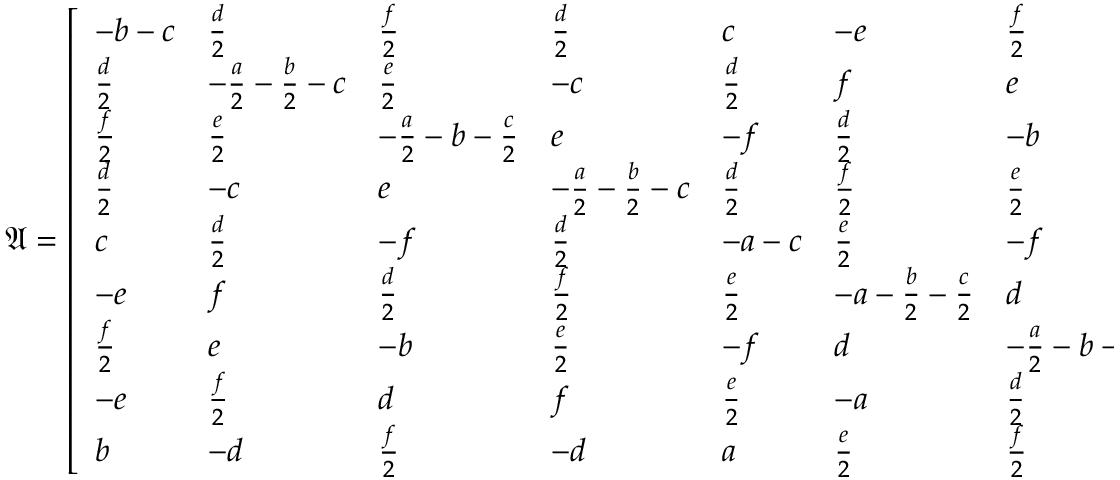
\mathfrak { A } = \left[ \begin{array} { l l l l l l l l l } { - b - c } & { \frac { d } { 2 } } & { \frac { f } { 2 } } & { \frac { d } { 2 } } & { c } & { - e } & { \frac { f } { 2 } } & { - e } & { b } \\ { \frac { d } { 2 } } & { - \frac { a } { 2 } - \frac { b } { 2 } - c } & { \frac { e } { 2 } } & { - c } & { \frac { d } { 2 } } & { f } & { e } & { \frac { f } { 2 } } & { - d } \\ { \frac { f } { 2 } } & { \frac { e } { 2 } } & { - \frac { a } { 2 } - b - \frac { c } { 2 } } & { e } & { - f } & { \frac { d } { 2 } } & { - b } & { d } & { \frac { f } { 2 } } \\ { \frac { d } { 2 } } & { - c } & { e } & { - \frac { a } { 2 } - \frac { b } { 2 } - c } & { \frac { d } { 2 } } & { \frac { f } { 2 } } & { \frac { e } { 2 } } & { f } & { - d } \\ { c } & { \frac { d } { 2 } } & { - f } & { \frac { d } { 2 } } & { - a - c } & { \frac { e } { 2 } } & { - f } & { \frac { e } { 2 } } & { a } \\ { - e } & { f } & { \frac { d } { 2 } } & { \frac { f } { 2 } } & { \frac { e } { 2 } } & { - a - \frac { b } { 2 } - \frac { c } { 2 } } & { d } & { - a } & { \frac { e } { 2 } } \\ { \frac { f } { 2 } } & { e } & { - b } & { \frac { e } { 2 } } & { - f } & { d } & { - \frac { a } { 2 } - b - \frac { c } { 2 } } & { \frac { d } { 2 } } & { \frac { f } { 2 } } \\ { - e } & { \frac { f } { 2 } } & { d } & { f } & { \frac { e } { 2 } } & { - a } & { \frac { d } { 2 } } & { - a - \frac { b } { 2 } - \frac { c } { 2 } } & { \frac { e } { 2 } } \\ { b } & { - d } & { \frac { f } { 2 } } & { - d } & { a } & { \frac { e } { 2 } } & { \frac { f } { 2 } } & { \frac { e } { 2 } } & { - a - b } \end{array} \right]